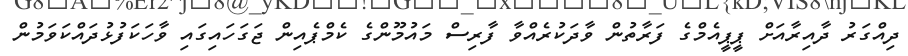
ދިއްގަރު ދާއިރާއަށް ޕީޕީއެމްގެ ފަރާތުން ވާދަކުރެއްވާ ފާރިސް މައުމޫންގެ ކެމްޕެއިން ޖަގަހައިގައި ވާހަކަފުޅުދައްކަވަމުން